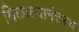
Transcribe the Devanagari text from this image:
मिळाल्यानंतरच